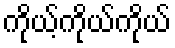
ကိုယ့်ကိုယ်ကိုယ်